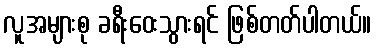
လူအများစု ခရီးဝေးသွားရင် ဖြစ်တတ်ပါတယ်။